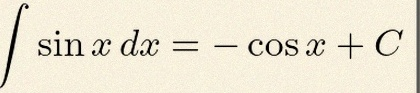
\int \sin x\,dx=-\cos x+C